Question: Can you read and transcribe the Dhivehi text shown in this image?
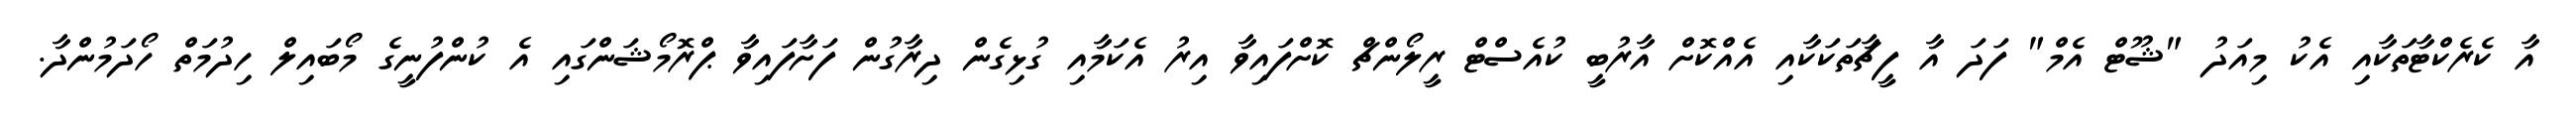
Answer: އާ ކެރެކްޓާތަކާއި އެކު މިއަދު "ޝޫޓް އެމް" ފަދަ އާ ފީޗާތަކަކާއި އެއްކޮށް އާރުބީ ކުއެސްޓް ރީލޯންޗް ކޮށްފައިވާ އިރު އެކަމާއި ގުޅިގެން ދިރާގުން ފަށާފައިވާ ޕްރޮމޯޝަންގައި އެ ކުންފުނީގެ މޯބައިލް ހިދުމަތް ހޯދަމުންދާ.